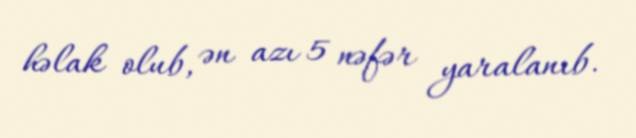
həlak olub, ən azı 5 nəfər yaralanıb.